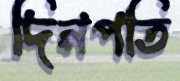
দিনপতি